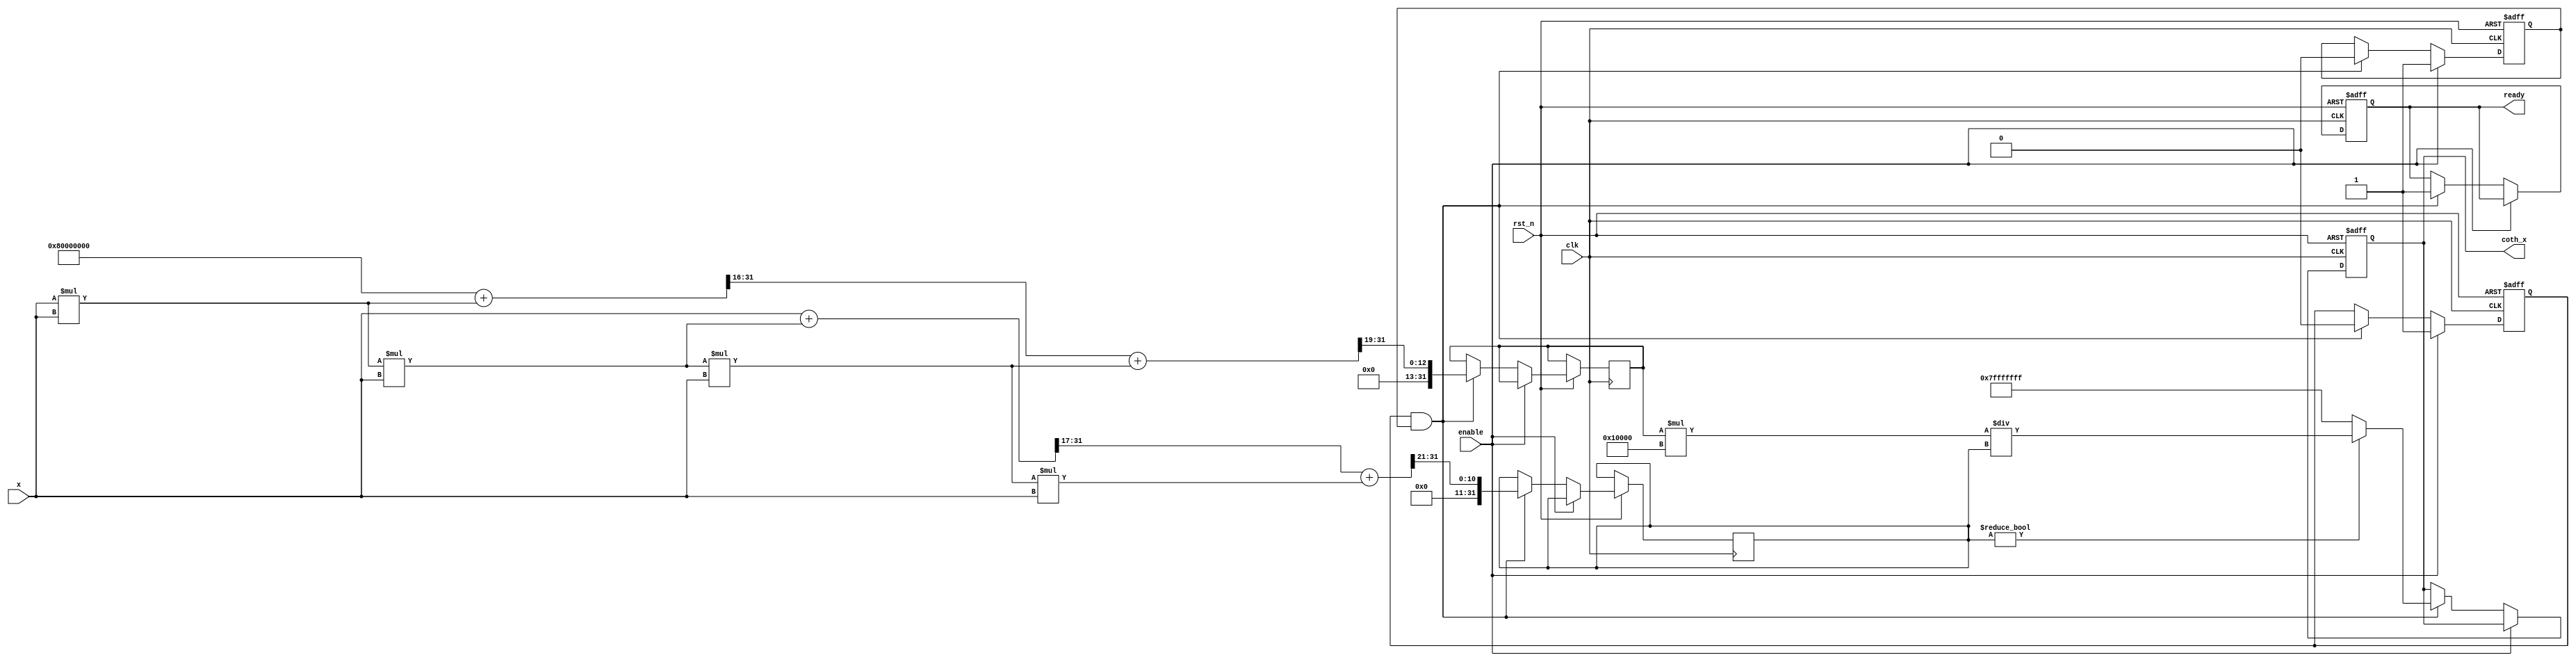
module coth_block #(
    parameter WIDTH = 32, // Width of the input and output signals
    parameter FRAC_WIDTH = 16 // Fractional width for fixed-point representation
)(
    input wire clk,
    input wire rst_n,
    input wire enable,
    input wire [WIDTH-1:0] x,
    output reg [WIDTH-1:0] coth_x,
    output reg ready
);

    // Internal signals
    wire [WIDTH-1:0] sinh_x;
    wire [WIDTH-1:0] cosh_x;
    reg [WIDTH-1:0] division_result;
    reg [WIDTH-1:0] max_value = {1'b0, {WIDTH-1{1'b1}}}; // Max value for saturation
    reg valid_sinh, valid_cosh;

    // Hyperbolic sine approximation (Taylor series)
    function [WIDTH-1:0] sinh;
        input [WIDTH-1:0] x;
        begin
            // Taylor series: sinh(x) = x + x^3/3! + x^5/5! + ...
            sinh = x; // First term
            sinh = sinh + (x * x * x) >> (FRAC_WIDTH + 1); // x^3 / 3!
            sinh = sinh + (x * x * x * x * x) >> (FRAC_WIDTH + 5); // x^5 / 5!
            // Further terms can be added for better accuracy
        end
    endfunction

    // Hyperbolic cosine approximation (Taylor series)
    function [WIDTH-1:0] cosh;
        input [WIDTH-1:0] x;
        begin
            // Taylor series: cosh(x) = 1 + x^2/2! + x^4/4! + ...
            cosh = {1'b1, {WIDTH-1{1'b0}}}; // First term
            cosh = cosh + (x * x) >> (FRAC_WIDTH); // x^2 / 2!
            cosh = cosh + (x * x * x * x) >> (FRAC_WIDTH + 3); // x^4 / 4!
            // Further terms can be added for better accuracy
        end
    endfunction

    // Compute sinh and cosh
    always @(posedge clk or negedge rst_n) begin
        if (!rst_n) begin
            valid_sinh <= 1'b0;
            valid_cosh <= 1'b0;
            coth_x <= 0;
            ready <= 1'b0;
        end else if (enable) begin
            valid_sinh <= 1'b1;
            valid_cosh <= 1'b1;
        end else if (valid_sinh && valid_cosh) begin
            // Calculate sinh and cosh
            sinh_x <= sinh(x);
            cosh_x <= cosh(x);
            valid_sinh <= 1'b0;
            valid_cosh <= 1'b0;

            // Division
            if (sinh_x != 0) begin
                division_result = cosh_x * (1 << FRAC_WIDTH) / sinh_x; // Scale to fixed-point
                coth_x <= division_result;
            end else begin
                coth_x <= max_value; // Saturate on division by zero
            end
            ready <= 1'b1; // Indicate computation is complete
        end
    end

endmodule